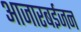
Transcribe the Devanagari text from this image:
आजारबईजन